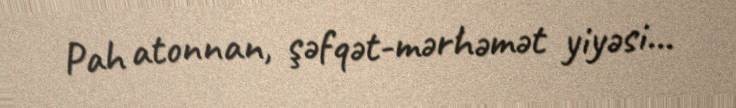
Pah atonnan, şəfqət-mərhəmət yiyəsi...